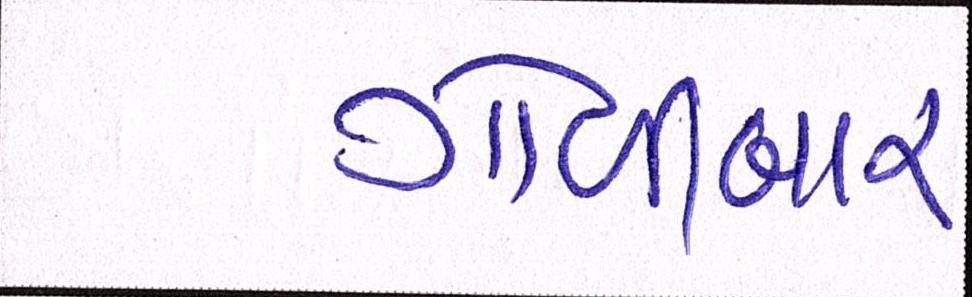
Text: ગોળીબાર